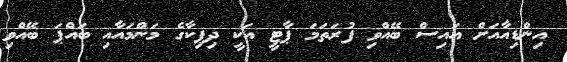
އިންޑިއާއަށް އައިސް ބޭއްވި ފުރަތަމަ ޕާޓީ އަކީ ދިޕިކާގެ މަންމައާއި ބައްޕަ ބޭއްވި